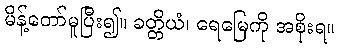
မိန့်တော်မူပြီး၍။ ခတ္တိယံ၊ ရေမြေကို အစိုးရ။